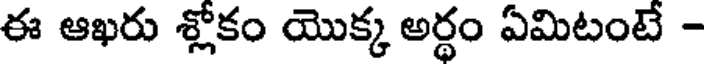
ఈ ఆఖరు శ్లోకం యొక్క అర్థం ఏమిటంటే -